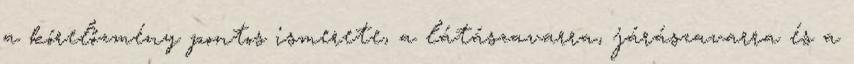
a kórelőzmény pontos ismerete, a látászavarra, járászavarra és a